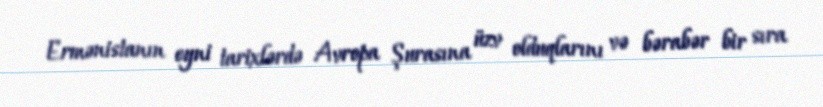
Ermənistanın eyni tarixlərdə Avropa Şurasına üzv olduqlarını və bərabər bir sıra